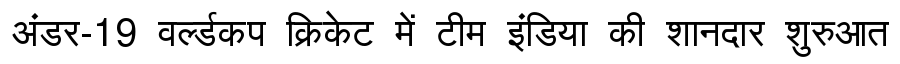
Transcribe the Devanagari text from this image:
अंडर-19 वर्ल्डकप क्रिकेट में टीम इंडिया की शानदार शुरुआत